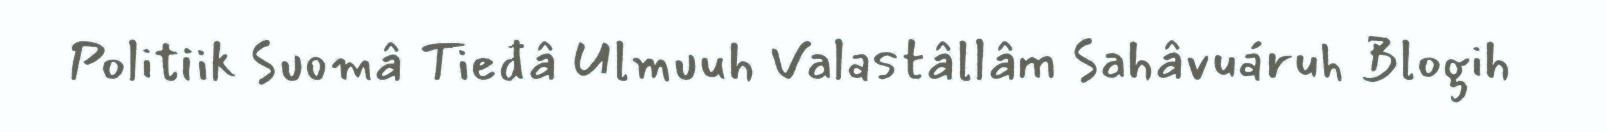
Politiik Suomâ Tieđâ Ulmuuh Valastâllâm Sahâvuáruh Blogih